Report on vaccination in Madras 1904-1921 - 1904-1921
Year: 1904
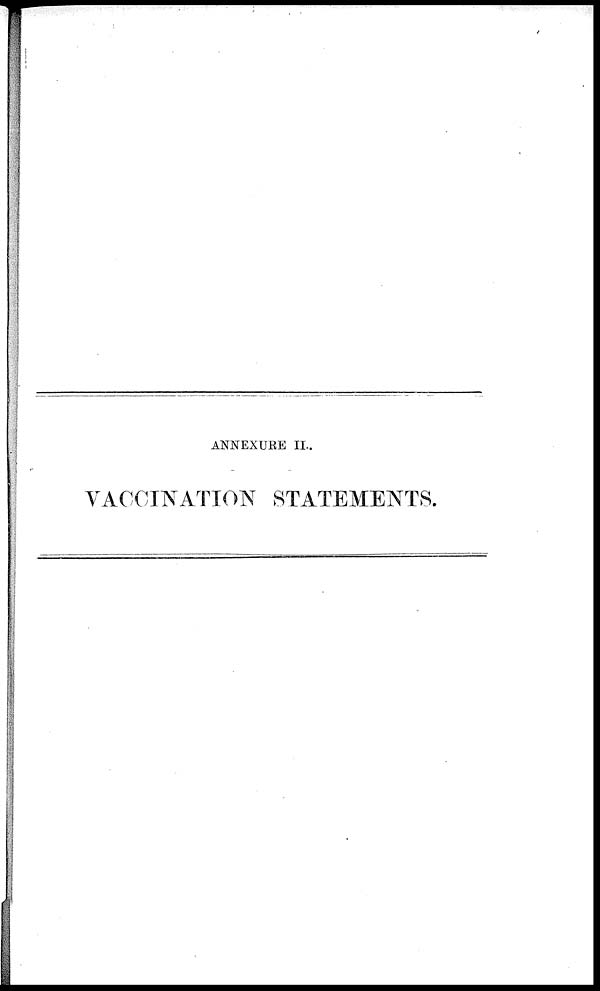
ANNEXURE II.
VACCINATION STATEMENTS.